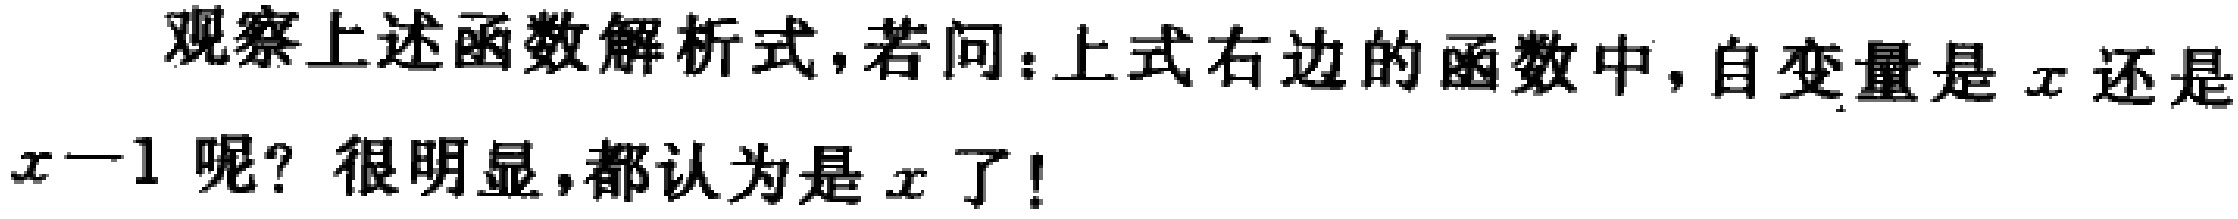
观察上述函数解析式，若问：上式右边的函数中，自变量是\(x\)还是\(x - 1\)呢？很明显，都认为是\(x\)了！